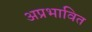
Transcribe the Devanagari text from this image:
अप्रभावित